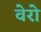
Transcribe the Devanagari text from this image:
वेरो